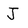
Character: J